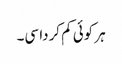
ہر کوئی کم کردا سی۔